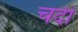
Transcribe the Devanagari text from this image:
चदी